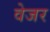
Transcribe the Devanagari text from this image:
वेजर